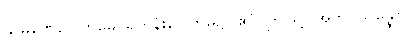
သမဏေဂေါတမေ၊ ရဟန်းဂေါတမ၌။ ဧဝံ၊ ဤသို့။ အဘိပ္ပသန္နော၊